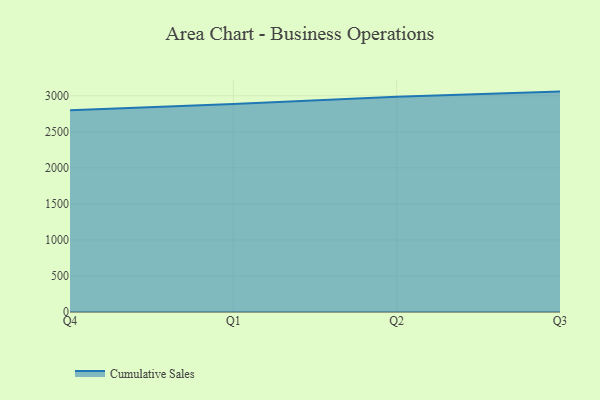
{"axis": {"x": "Quarter", "y": "Latency (ms)"}, "legend": ["Cumulative Sales"], "data": [{"x": "Q4", "y": 2800.5, "type": "Cumulative Sales"}, {"x": "Q1", "y": 2884.9, "type": "Cumulative Sales"}, {"x": "Q2", "y": 2986.8, "type": "Cumulative Sales"}, {"x": "Q3", "y": 3058.0, "type": "Cumulative Sales"}]}